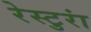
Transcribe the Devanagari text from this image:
रेस्टुरां